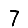
Digit: 7